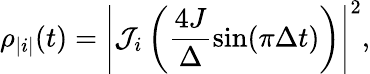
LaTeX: \rho_{|i|}(t)=\left|\mathcal{J}_{i}\left(\frac{4J}{\Delta}\sin(\pi\Delta t)\right)\right|^{2},